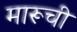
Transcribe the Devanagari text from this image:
मारूची